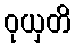
ဝုယှတိ